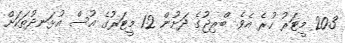
20.3 މީޓަރު ހުރެ އެވެ. ބްރިޖުގެ ދަށުން 12 މީޓަރުގެ އުސް އުޅަނދުތަކަށް